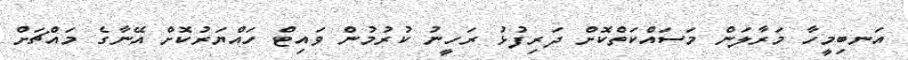
އަނބިމީހާ މަރާލަން މަސައްކަތްކޮށް ދަރިފުޅު ރަހީނު ކުރުމުން ވައިޓް ހައްޔަރުކޮށް އޭނާގެ މައްޗަށް